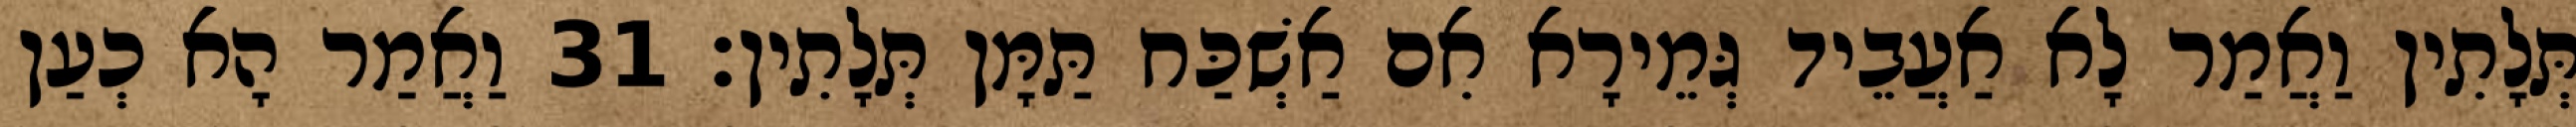
תְּלָתִין וַאֲמַר לָא אַעֲבֵיד גְּמֵירָא אִם אַשְׁכַּח תַּמָּן תְּלָתִין׃ 31 וַאֲמַר הָא כְעַן